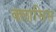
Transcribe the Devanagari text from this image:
क्लासिस